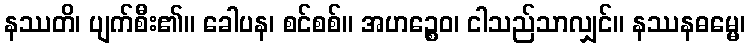
နဿတိ၊ ပျက်စီး၏။ ခေါပန၊ စင်စစ်။ အဟဉ္စေဝ၊ ငါသည်သာလျှင်။ နဿနဓမ္မေ၊